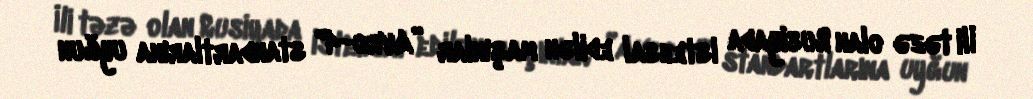
İli təzə olan Rusiyada istehsal edilən maşınlar ”Avro-4" standartlarına uyğun